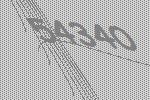
54340